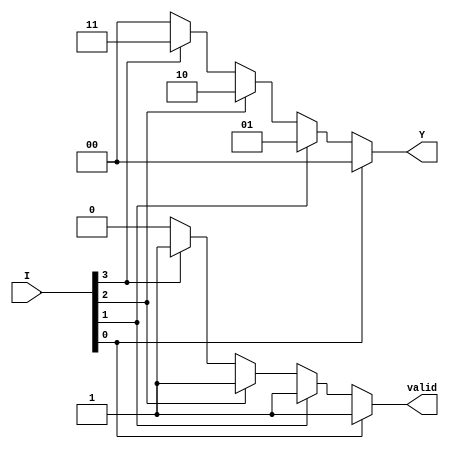
module priority_encoder (
    input wire [3:0] I,    // 4 input lines I0, I1, I2, I3
    output reg [1:0] Y,    // 2-bit output for encoded value
    output reg valid        // Output valid signal
);

// Always block for priority encoding
always @(*) begin
    // Default values
    Y = 2'b00;            // Default output
    valid = 1'b0;        // Default valid signal

    // Priority encoding logic
    if (I[0]) begin
        Y = 2'b00;        // I0 is active
        valid = 1'b1;    // Valid output
    end else if (I[1]) begin
        Y = 2'b01;        // I1 is active
        valid = 1'b1;    // Valid output
    end else if (I[2]) begin
        Y = 2'b10;        // I2 is active
        valid = 1'b1;    // Valid output
    end else if (I[3]) begin
        Y = 2'b11;        // I3 is active
        valid = 1'b1;    // Valid output
    end
end

endmodule